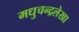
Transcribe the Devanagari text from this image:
मधुचन्द्रलेखा